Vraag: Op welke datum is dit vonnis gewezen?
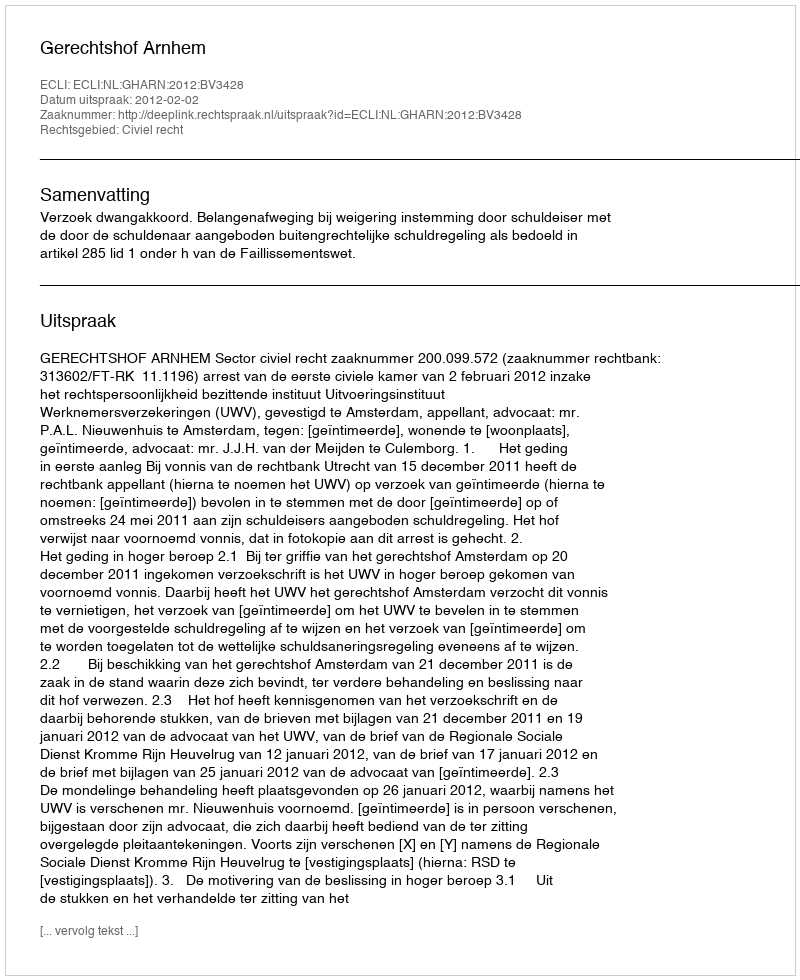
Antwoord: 2012-02-02